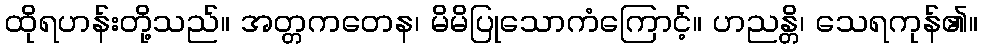
ထိုရဟန်းတို့သည်။ အတ္တကတေန၊ မိမိပြုသောကံကြောင့်။ ဟညန္တိ၊ သေရကုန်၏။